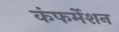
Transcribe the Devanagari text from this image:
कंफर्मेशन